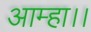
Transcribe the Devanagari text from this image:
आम्हा।।